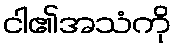
ငါ၏အသံကို